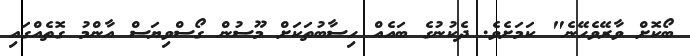
ބޯކޮށް ވާރޭވެހޭނެ" ކަމަށެވެ. ދެކުނުގެ ބައެއް ހިސާބުތަކަށް މޫސުން ގޯސްވިޔަސް އާންމު ގޮތެއްގައި